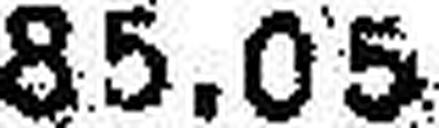
85.05